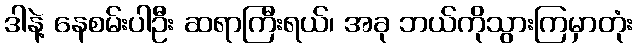
ဒါနဲ့ နေစမ်းပါဦး ဆရာကြီးရယ်၊ အခု ဘယ်ကိုသွားကြမှာတုံး